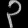
Digit: ၃